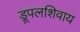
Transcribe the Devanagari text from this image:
ड्रूपलशिवाय